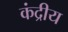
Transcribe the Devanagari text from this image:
कंद्रीय